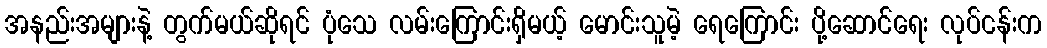
အနည်းအများနဲ့ တွက်မယ်ဆိုရင် ပုံသေ လမ်းကြောင်းရှိမယ့် မောင်းသူမဲ့ ရေကြောင်း ပို့ဆောင်ရေး လုပ်ငန်းက